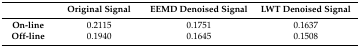
|  | Original Signal | EEMD Denoised Signal | LWT Denoised Signal |
 | --- | --- | --- | --- |
 | On-line | 0.2115 | 0.1751 | 0.1637 |
 | Off-line | 0.1940 | 0.1645 | 0.1508 |